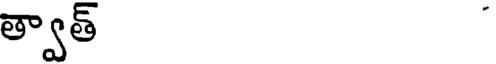
త్వాత్